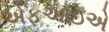
એફઆઇએ